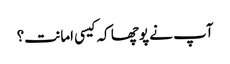
آپ نے پوچھا کہ کیسی امانت؟